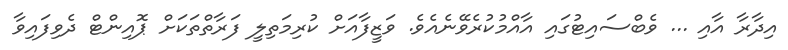
އިދާރާ އާއި ... ވެބްސައިޓުގައި އާއްމުކުރެވޭނެއެވެ. ވަޒީފާއަށް ކުރިމަތިލީ ފަރާތްތަކަށް ޕޮއިންޓް ދެވިފައިވާ